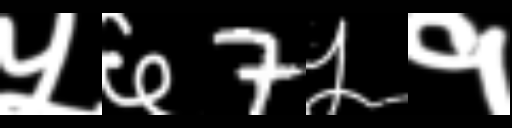
Text: ५६7५१